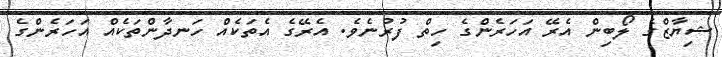
ޝިޔާޒްގެ ލޯބިން އެރޭ އަހަރެންގެ ހިތް ފުރުނެވެ. އެރޭގެ އެތަކެއް ހަނދާންތަކެއް އަހަރެންގެ